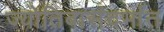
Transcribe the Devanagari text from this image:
ज्योतिबासंदर्भात